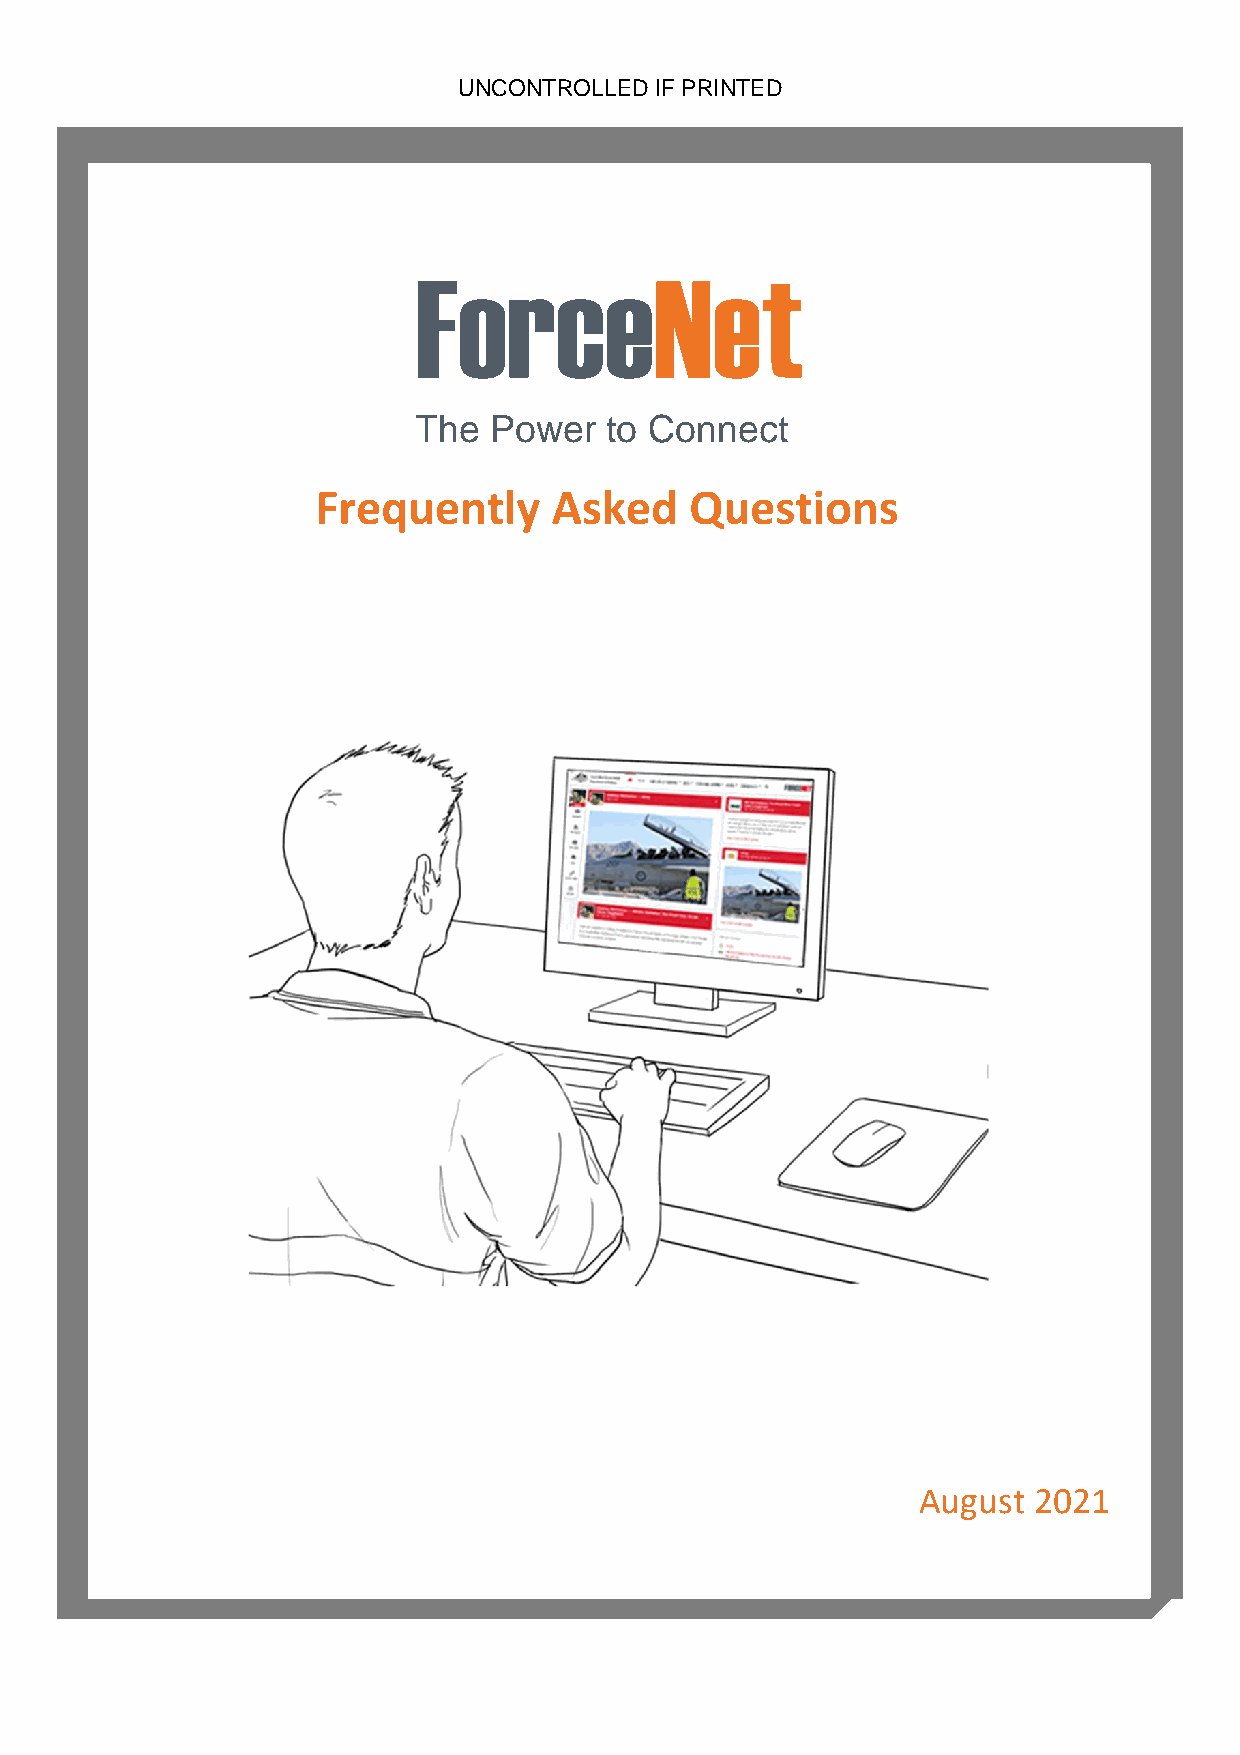
UNCONTROLLED IF PRINTED
 ForceNet
 The  Power   to Connect
 Frequently      Asked    Questions
 August 2021